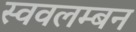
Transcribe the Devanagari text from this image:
स्ववलम्बन